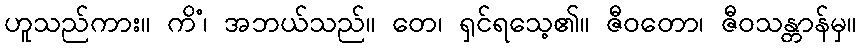
ဟူသည်ကား။ ကိံ၊ အဘယ်သည်။ တေ၊ ရှင်ရသေ့၏။ ဇီဝတော၊ ဇီဝသန္တာန်မှ။